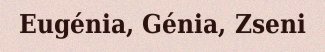
Eugénia, Génia, Zseni